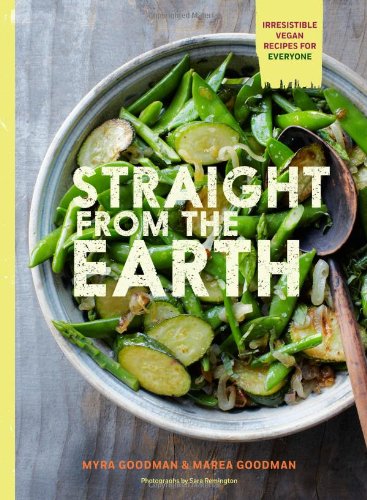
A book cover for Straight from the Earth: Irresistible Vegan Recipes for Everyone; Myra Goodman; Cookbooks, Food & Wine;